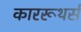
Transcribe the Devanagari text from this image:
काररूथर्स